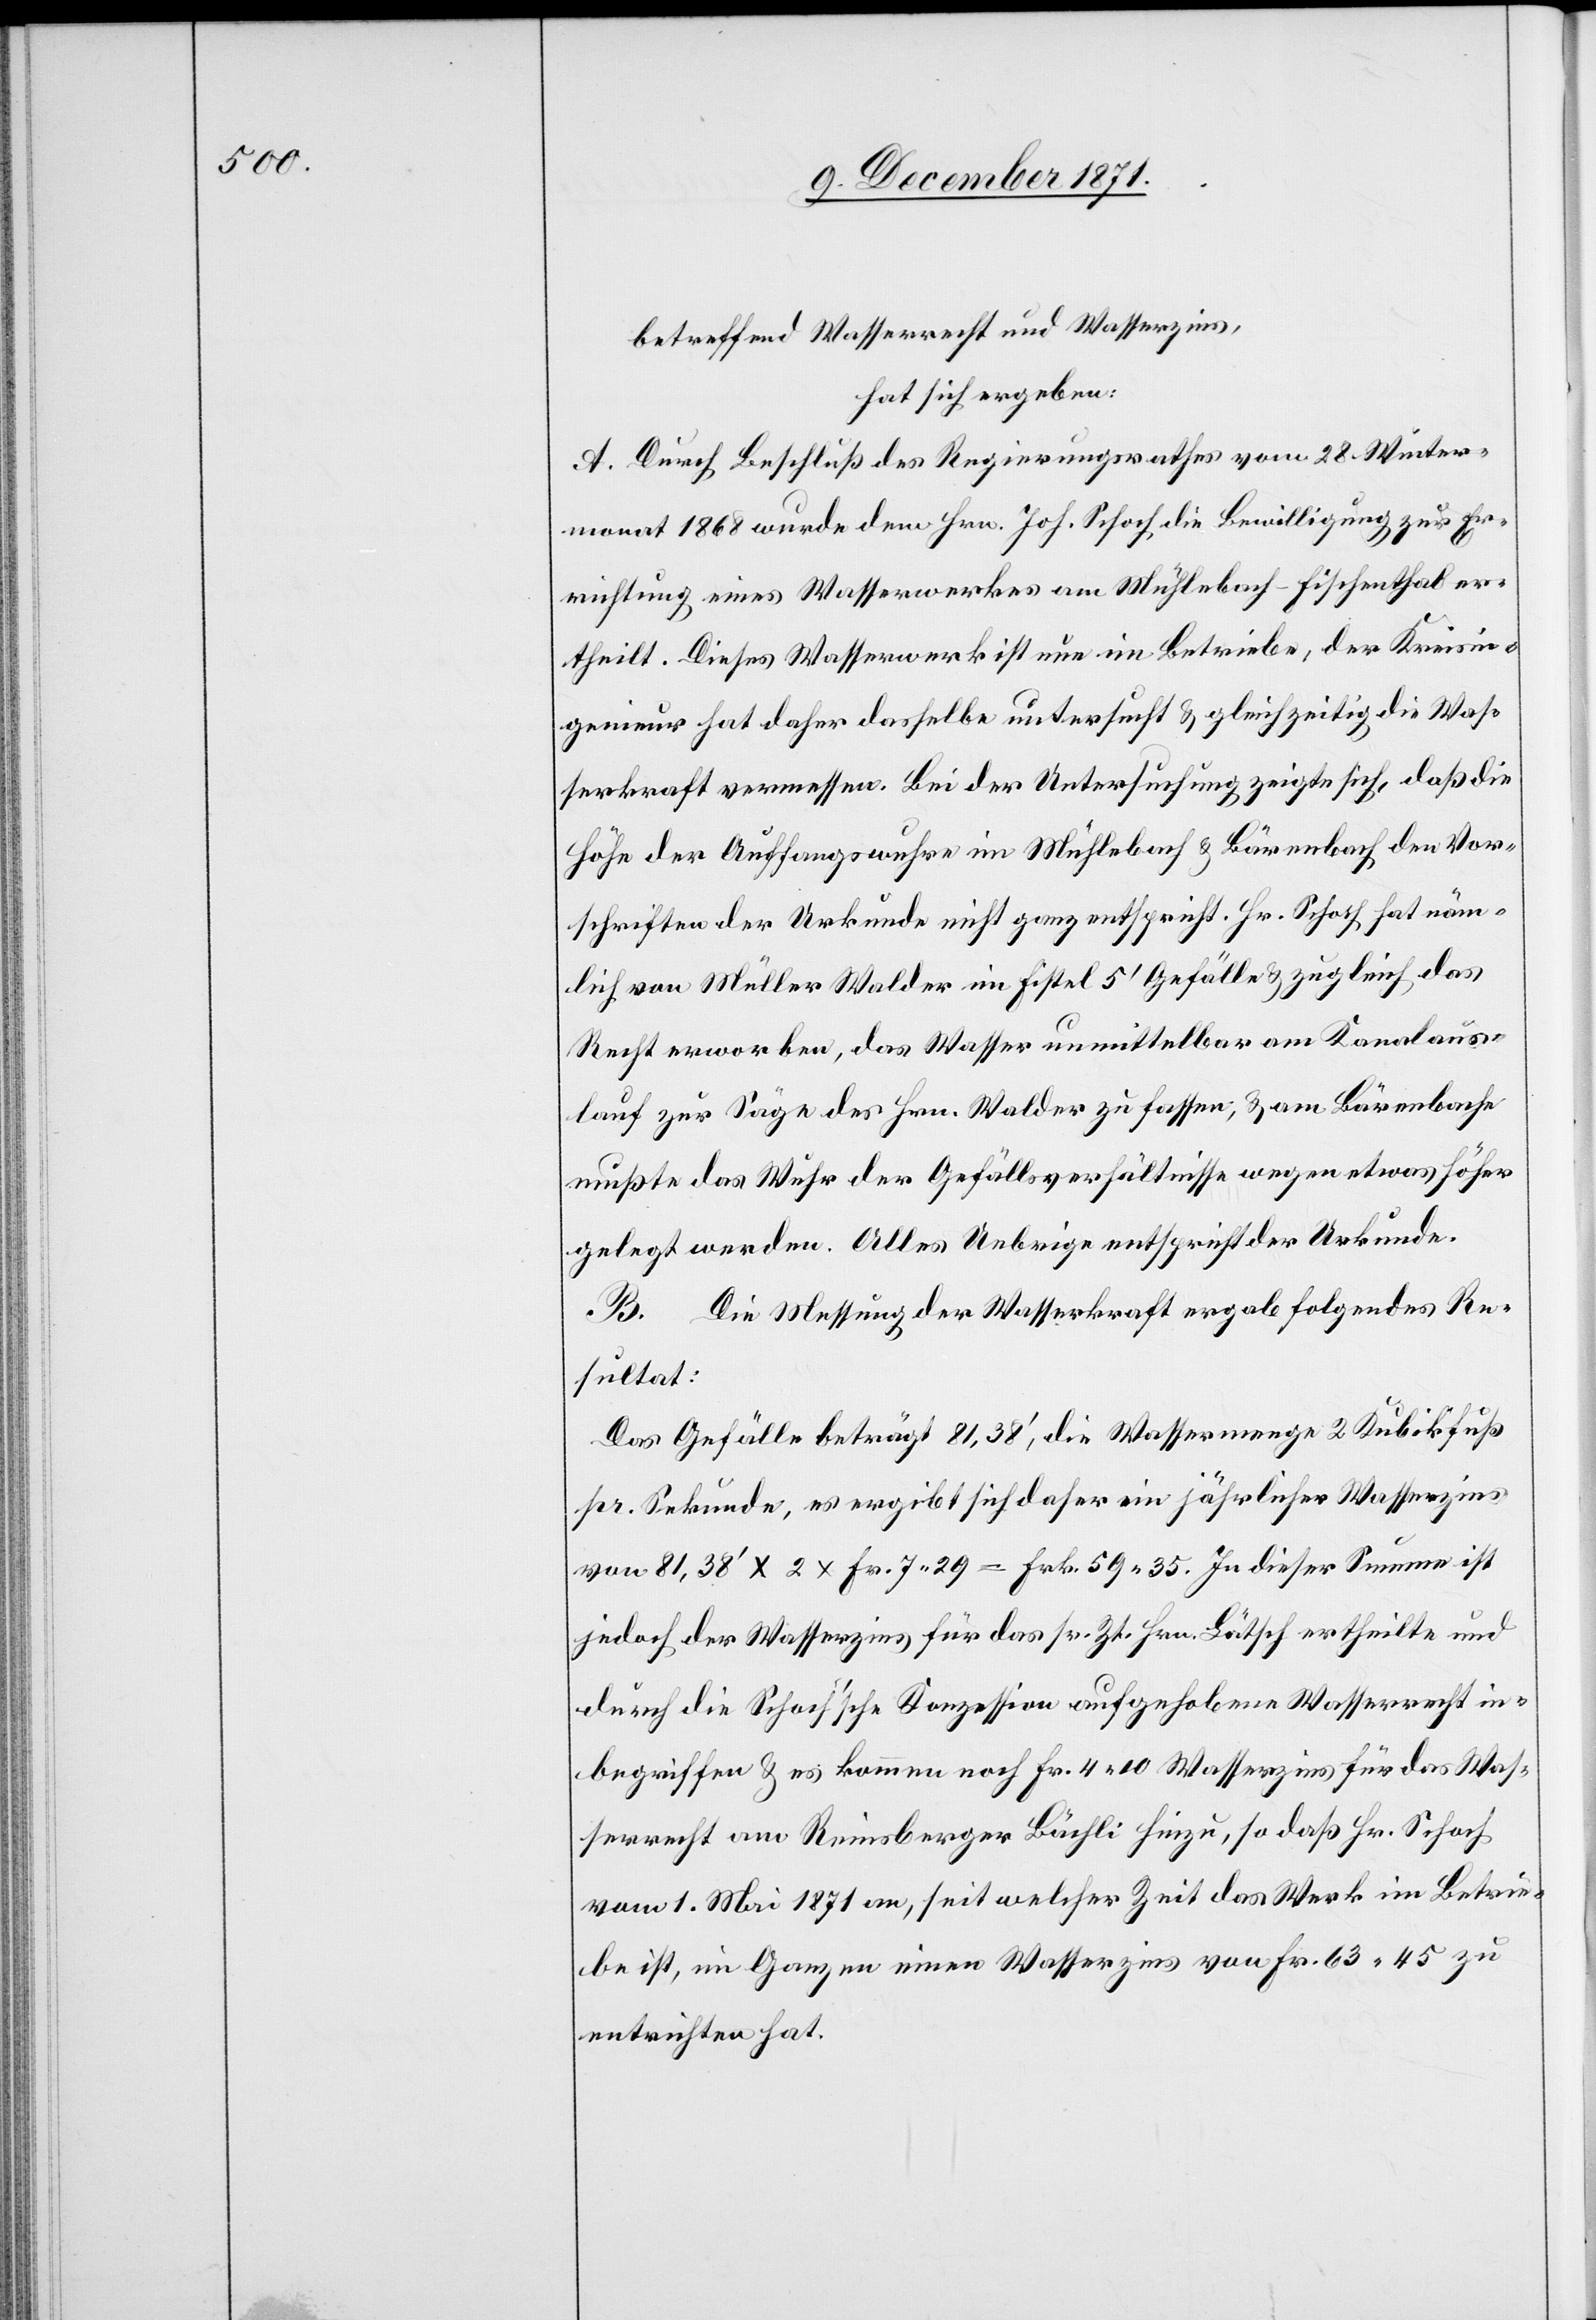
betreffend Wasserrecht und Wasserzins,
hat sich ergeben:
A. Durch Beschluß des Regierungsrathes vom 28. Winter¬
monat 1868 wurde dem Hrn. Joh. Schoch die Bewilligung zur Er¬
richtung eines Wasserwerkes am Mühlebach-Fischenthal er¬
theilt. Dieses Wasserwerk ist nun im Betriebe, der Kreisin¬
genieur hat daher dasselbe untersucht & gleichzeitig die Was¬
serkraft vermessen. Bei der Untersuchung zeigte sich, daß die
Höhe der Auffangswuhre im Mühlebach & Bärenbach den Vor¬
schriften der Urkunde nicht ganz entspricht. Hr. Schoch hat näm¬
lich von Müller Walder im Fistel 5’ Gefälle & zugleich das
Recht erworben, das Wasser unmittelbar am Kanalaus¬
lauf zur Säge des Hrn. Walder zu fassen, & am Bärenbache
mußte das Wuhr der Gefällsverhältnisse wegen etwas höher
gelegt werden. Alles Uebrige entspricht der Urkunde.
B. Die Messung der Wasserkraft ergab folgendes Re¬
sultat:
Das Gefälle beträgt 81,38’, die Wassermenge 2 Kubikfuß
pr. Sekunde, es ergibt sich daher ein jährlicher Wasserzins
von 81,38’ x 2 x Fr. 7.29 = Frk. 59,35. In dieser Summe ist
jedoch der Wasserzins für das sr. Zt. Hrn Lötsch ertheilte und
durch die Schoch’sche Konzession aufgehobene Wasserrecht in¬
begriffen & es kommen noch Fr. 4.10 Wasserzins für das Was¬
serrecht am Reinsberger Bächli hinzu, so daß Hr. Schoch
vom 1. Mai 1871 an, seit welcher Zeit das Werk im Betrie¬
be ist, im Ganzen einen Wasserzins von Fr. 63.45 zu
entrichten hat.